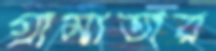
গ্রাম্যতার